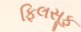
ફિલસૂફ